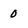
Character: O